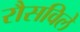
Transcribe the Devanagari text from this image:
रौसविले